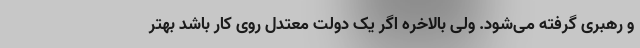
و رهبری گرفته می‌شود. ولی بالاخره اگر یک دولت معتدل روی کار باشد بهتر